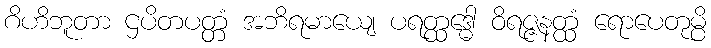
ဂိဟိဘူတာ ဌပိတပတ္တံ အဘိရမာယျေ ပရတ္ထဒ္ဓေါ ဝိရဇ္ဇနတ္ထံ ရောပေတုမ္ပိ